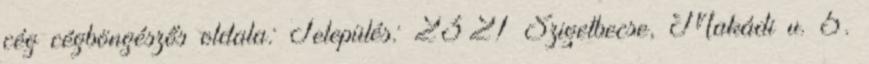
cég cégböngészős oldala: Település: 2321 Szigetbecse, Makádi u. 5.